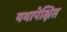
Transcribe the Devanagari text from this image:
यथापेक्षित